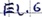
Text: E2.6